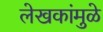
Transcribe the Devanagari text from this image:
लेखकांमुळे